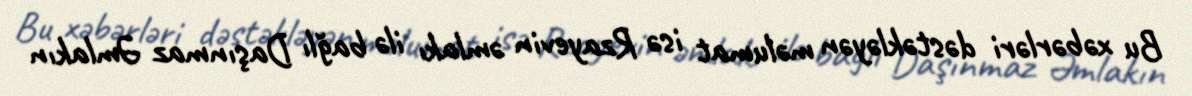
Bu xəbərləri dəstəkləyən məlumat isə Rzayevin əmlakı ilə bağlı Daşınmaz Əmlakın